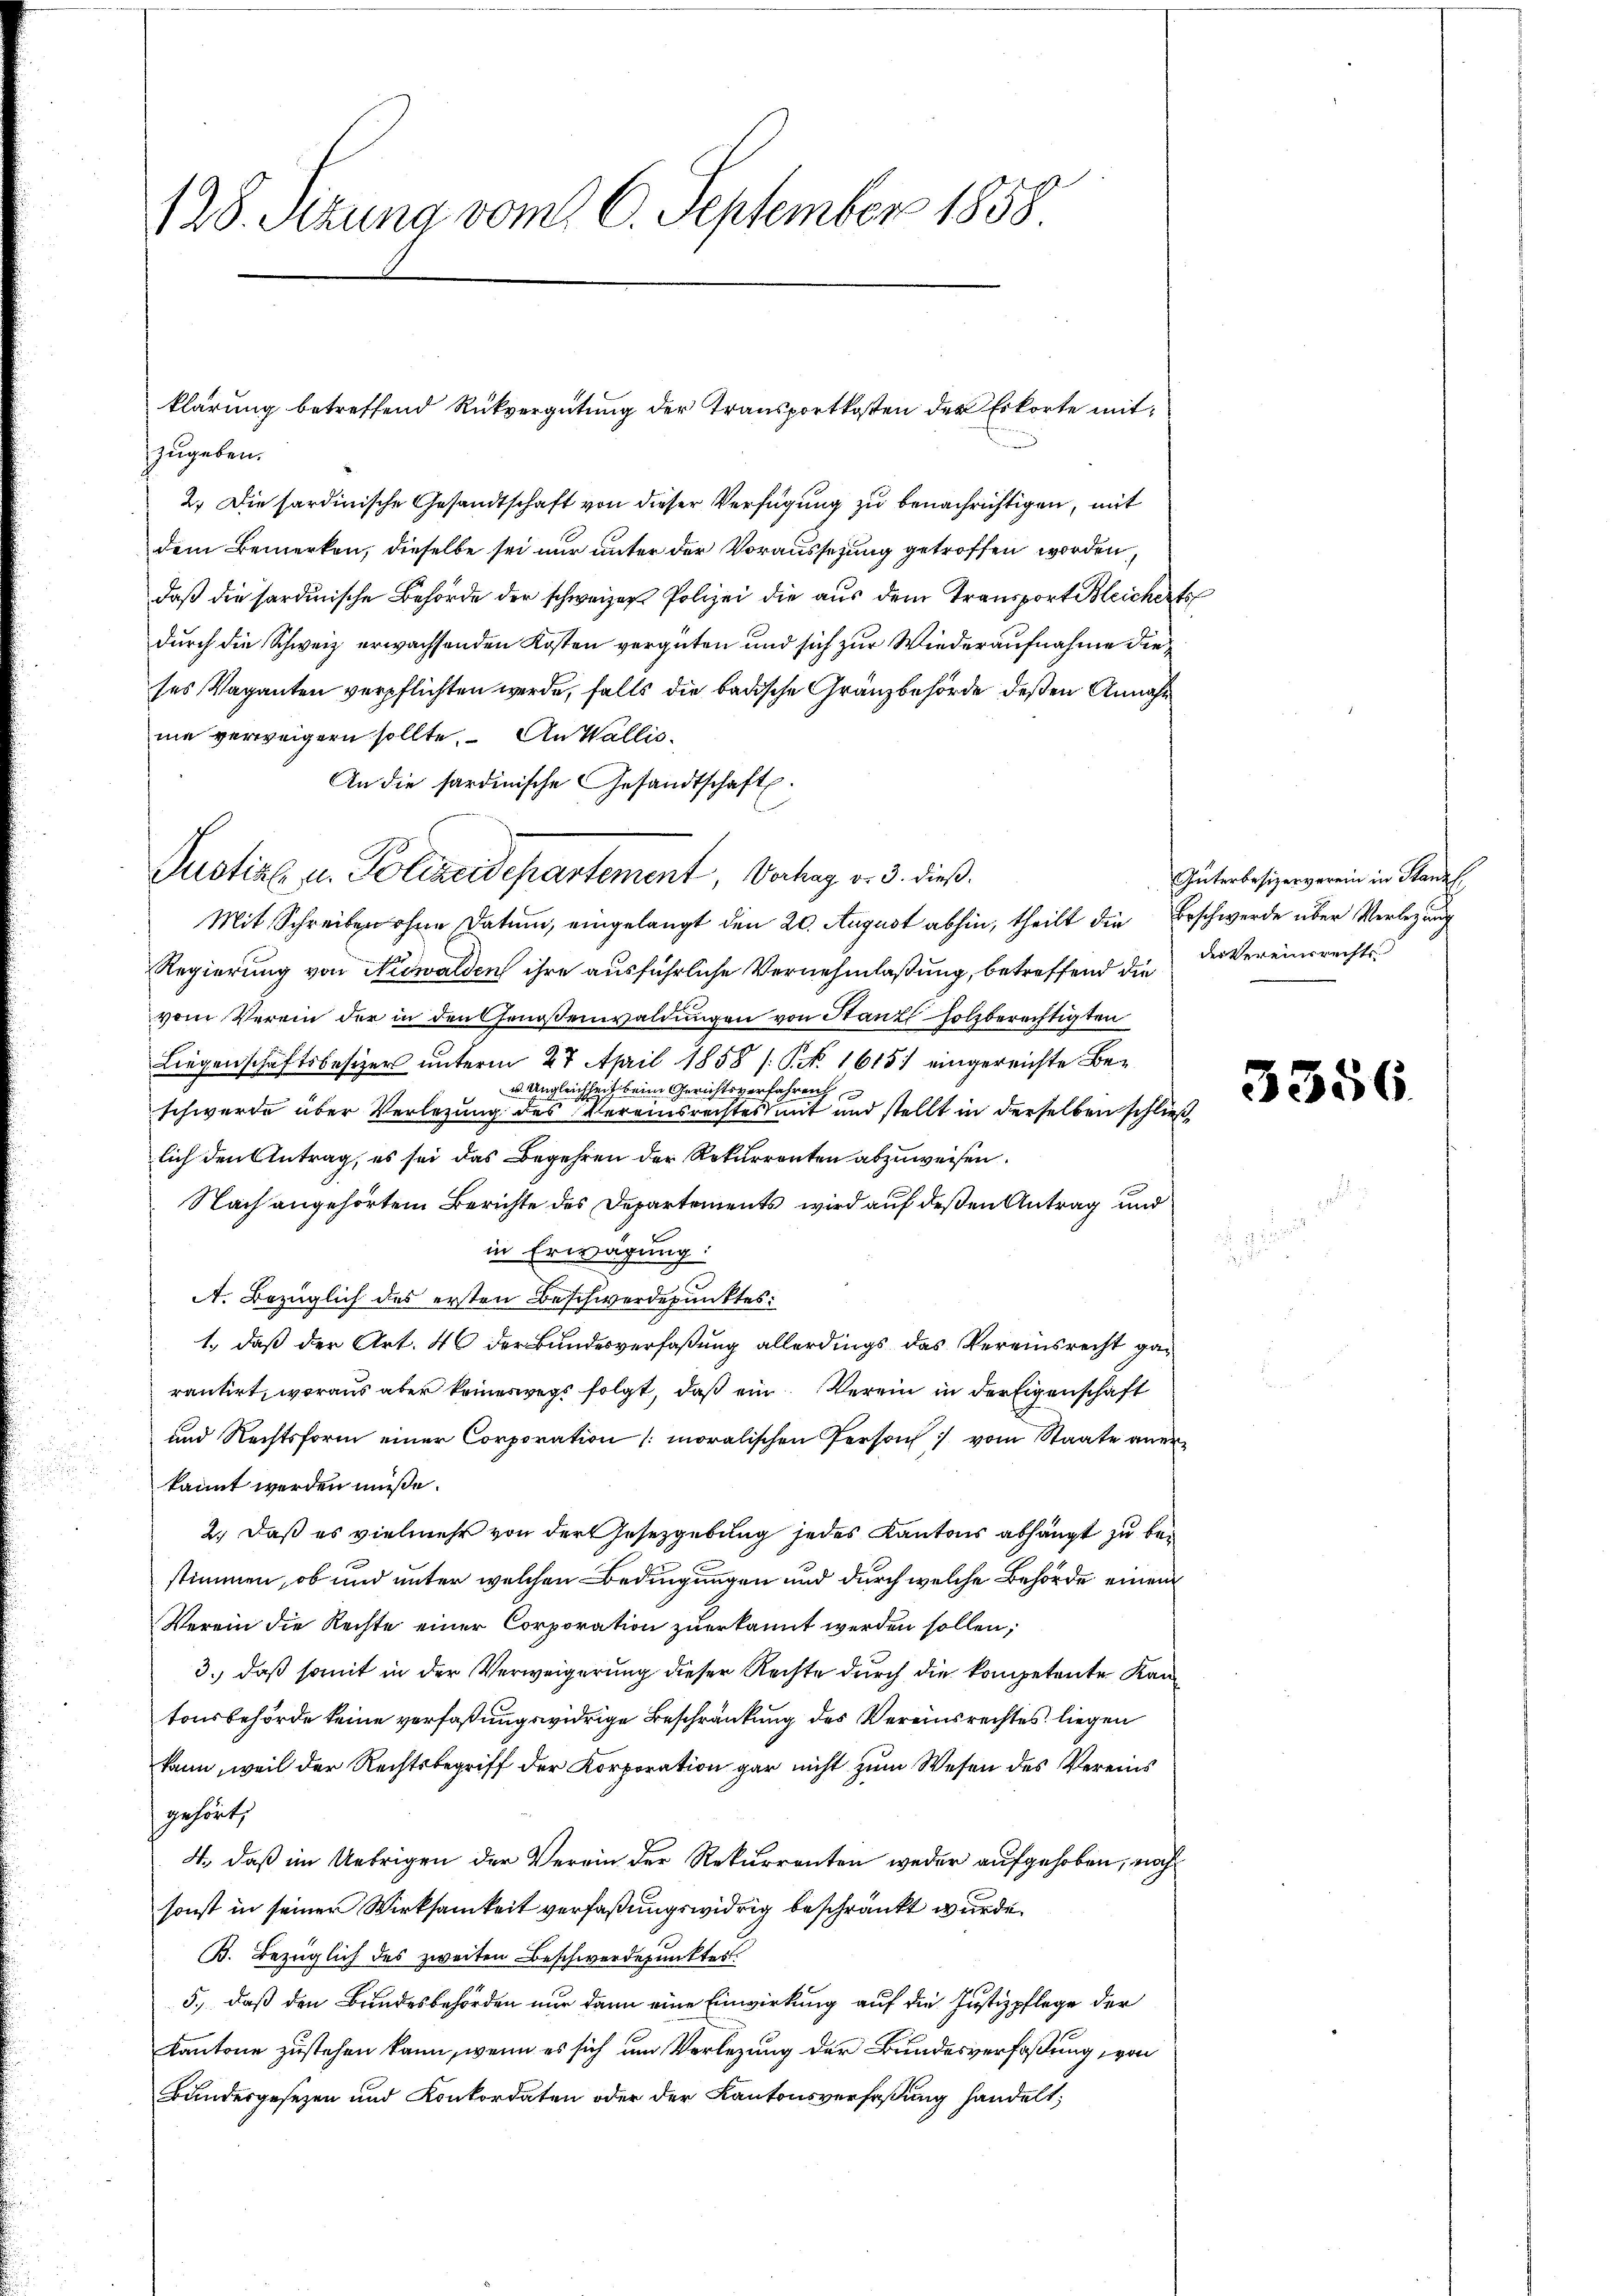
zugeben.
2.) Die hardinische Gesandtschaft von dieser Verfügung zu benachrichtigen, mit
dem Bemerken, dieselbe sei nur unter der Voraussezung getroffen worden,
daß die sardinische Behörde der schweizer Polizei die aus dem Transport Bleichert
durch die Schweiz erwachsenden Kosten vergüten und sich zur Wiederaufnahme die
ses Vaganten verpflichten werde, falls die badische Gränzbehörde deßen Annahm
ma verweigern sollte. An Wallis¬
An die sardinische Gesandtschaft.
Mit Schreiben ohne Datum, eingelangt den 20. August abhin, theilt die Beschwerde über Verlegung
Regierung von Nidwalden ihre ausführliche Vernehmlaßung, betreffend die der Vereinrechts
vom Verein der in den Genoßenwaldungen von Stanzlholzberechtigten
Liegenschaftsbesizer unterm 27. April 1858 /: P. Nr. 1615) eingereichte Be¬
u. Ungleichheit beim Gerichtsverfahren
schwerde über Verlegung des Vereinsrechtes mit und stellt in derselben schließ
lich den Antrag, es sei das Begehren der Rekurrenten abzuweisen.
Nach angehörtem Berichte des Departements wird auf deßen Antrag und
in Erwägung:
A. Bezüglich des ersten Beschwerdepunktes:
1.) daß der Art. 46 der Bundesverfaßung allerdings das Vereinsrecht garantirt, woraus aber keineswegs folgt, daß ein Verein in der Eigenschaft
und Rechtsform einer Corporation (moralischen Person vom Staate anerkannt werden müße.
2.) Daß es vielmehr von der Gesetzgebung jedes Kantons abhängt zu bestimmen, ob und unter welchen Bedingungen und durch welche Behörde einem
Verein die Rechte einer Corporation zuerkannt werden sollen;
3.) daß somit in der Verweigerung dieser Rechte durch die kompetente Kantonsbehörde keine verfaßungswidrige Beschränkung des Vereinsrechtes liegen
kann, weil der Rechtsbegriff der Korporation gar nicht zum Wesen des Vereins
gehört,
4., daß im Uebrigen der Verein der Rekurrenten weder aufgehoben, nach
sonst in seiner Wirksamkeit verfaßungswidrig beschränkt wurde.
B. Bezüglich des zweiten Beschwerdepunktes.
5., daß den Bundesbehörden nur dann eine Einwirkung auf die Justizpflege der
Kantone zustehen kann, wenn es sich um Verlegung der Bundesverfaßung, von
Bundesgesezen und Konkordaten oder der Kantonsverfaßung handelt;

128. Sizung vom 6. September 1858.

Pustins u. Polizeidepartement, Verhag v. 3. dieß.

klärung betreffend Rückvergütung der Transportkosten der Erkorte mit¬

Güterbesizerverein in Stand,

3356.